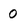
Character: 0